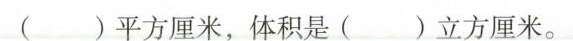
( )平方厘米，体积是 ( )立方厘米。